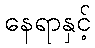
နေရာနှင့်